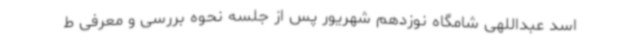
اسد عبداللهی شامگاه نوزدهم شهریور پس از جلسه نحوه بررسی و معرفی ط